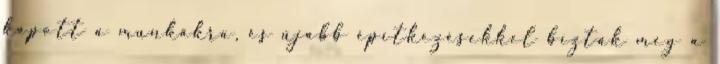
kapott a munkákra, és újabb építkezésekkel bízták meg a